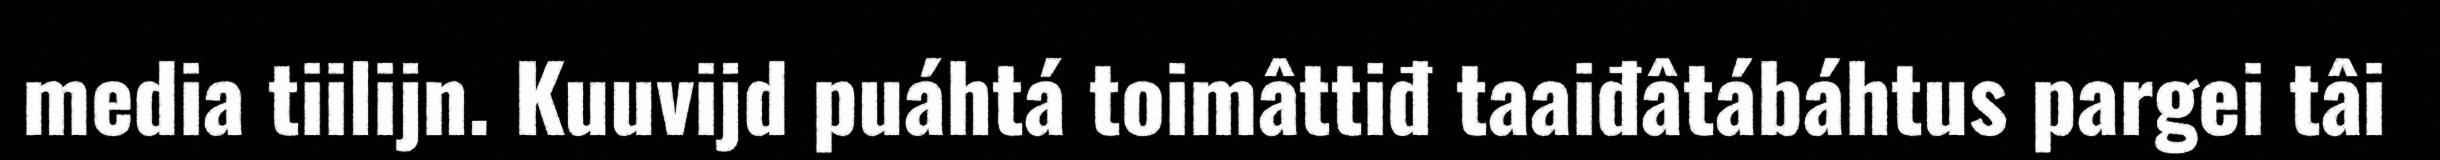
media tiilijn. Kuuvijd puáhtá toimâttiđ taaiđâtábáhtus pargei tâi